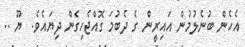
އެހެން ބުނެލުމުން އައިރީން ގެ ދެބުމަ ގޮއްޖެހިގެން ދިޔައެވެ.  ޔޫ ..